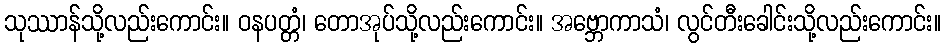
သုဿာန်သို့လည်းကောင်း။ ဝနပတ္တံ၊ တောအုပ်သို့လည်းကောင်း။ အဗ္ဘောကာသံ၊ လွင်တီးခေါင်းသို့လည်းကောင်း။